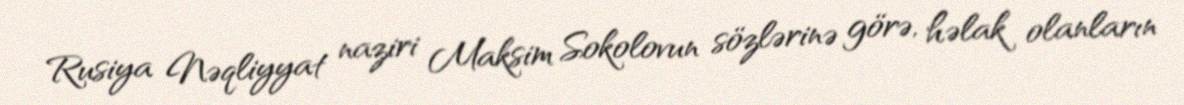
Rusiya Nəqliyyat naziri Maksim Sokolovun sözlərinə görə, həlak olanların